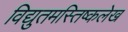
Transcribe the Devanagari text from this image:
विद्युतमस्तिष्कलेख